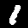
Digit: 1